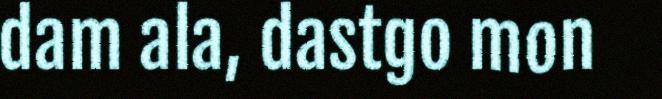
dam ala, dastgo mon